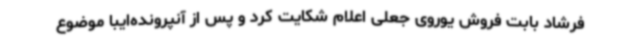
فرشاد بابت فروش یوروی جعلی اعلام شکایت کرد و پس از آنپرونده‌ایبا موضوع